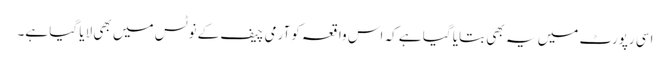
اسی رپورٹ میں یہ بھی بتایا گیا ہے کہ اس واقعہ کو آرمی چیف کے نوٹس میں بھی لایا گیا ہے۔